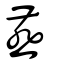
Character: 燕